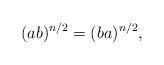
LaTeX: \begin{align*}(ab)^{n/2}=(ba)^{n/2},\end{align*}